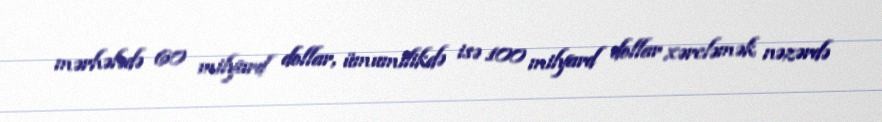
mərhələdə 60 milyard dollar, ümumilikdə isə 100 milyard dollar xərcləmək nəzərdə